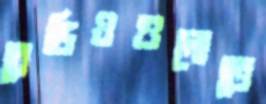
রেডিওগুলোতে